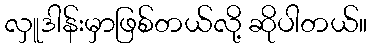
လှူဒါန်းမှာဖြစ်တယ်လို့ ဆိုပါတယ်။